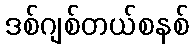
ဒစ်ဂျစ်တယ်စနစ်